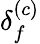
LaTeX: \delta_{f}^{(c)}